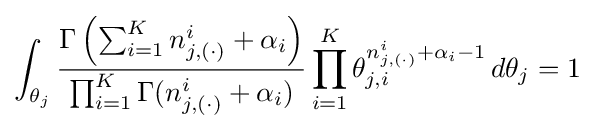
\int _{\theta _{j}}{\frac {\Gamma \left(\sum _{i=1}^{K}n_{j,(\cdot )}^{i}+\alpha _{i}\right)}{\prod _{i=1}^{K}\Gamma (n_{j,(\cdot )}^{i}+\alpha _{i})}}\prod _{i=1}^{K}\theta _{j,i}^{n_{j,(\cdot )}^{i}+\alpha _{i}-1}\,d\theta _{j}=1